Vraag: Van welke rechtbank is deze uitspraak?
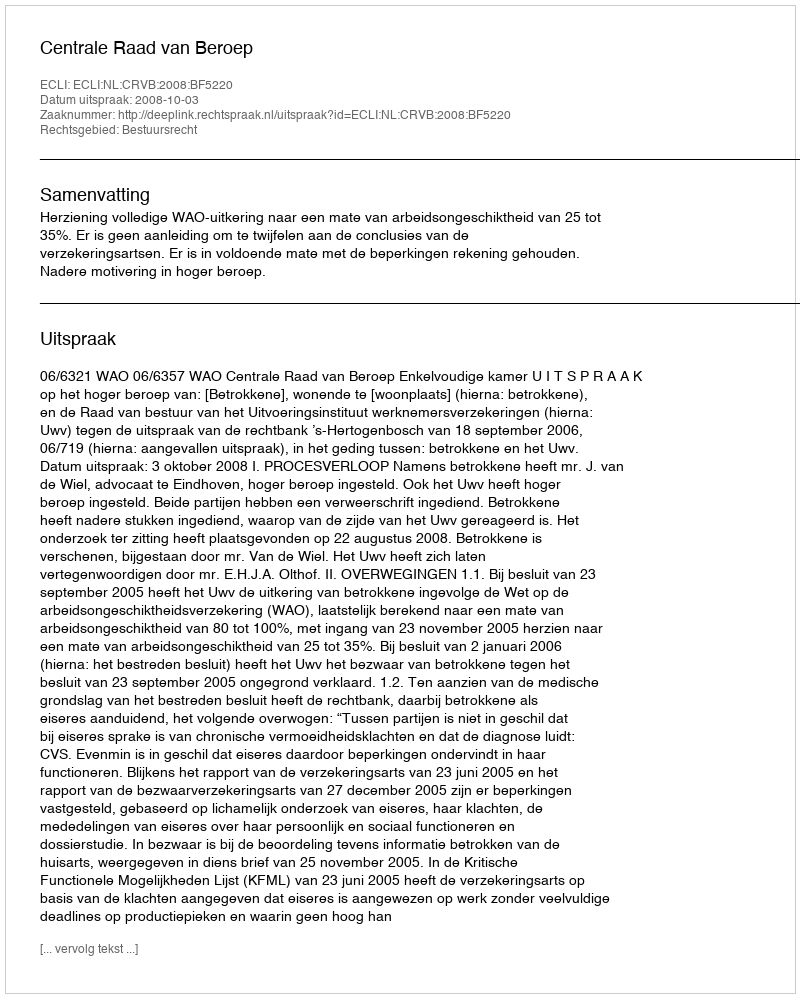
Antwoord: Centrale Raad van Beroep